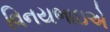
વિનયભાઇએ